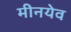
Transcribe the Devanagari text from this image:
मीनयेव